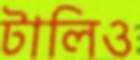
টালিও